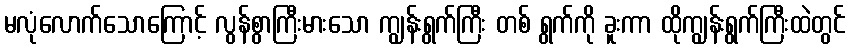
မလုံလောက်သောကြောင့် လွန်စွာကြီးမားသော ကျွန်းရွက်ကြီး တစ် ရွက်ကို ခူးကာ ထိုကျွန်းရွက်ကြီးထဲတွင်